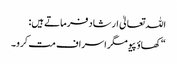
اللہ تعالیٰ ارشاد فرماتے ہیں:
“کھاؤ پیو مگر اسراف مت کرو۔